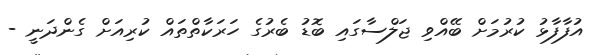
އުފާފާޅު ކުރުމަށް ބޭއްވި ޖަލްސާގައި ބޮޑު ބެރުގެ ހަރަކާތްތައް ކުރިއަށް ގެންދަނީ -